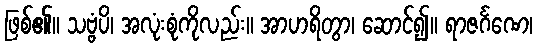
ဖြစ်၏။ သဗ္ဗံပိ၊ အလုံးစုံကိုလည်း။ အာဟရိတွာ၊ ဆောင်၍။ ရာဇင်္ဂဏေ၊